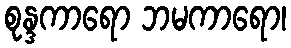
စုန္ဒကာရော ဘမကာရော၊